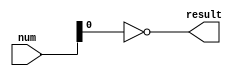


module even (
    input wire [7:0] num,
    output wire result
);

assign result = ~num[0];

endmodule